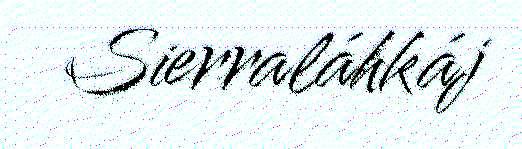
Sierraláhkáj